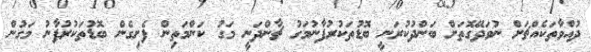
ދުއްވާތަކެއްޗަށް ނުވަދޭގޮތަށް ބަންދުކުރަނީ ބޮޑުތަކުރުފާނުމަގު ޗާންދަނީ މަގު ކަންމަތިިން ފެށިގެން ބޮޑުތަކުރުފާނު މަގުން